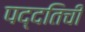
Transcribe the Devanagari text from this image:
पद्दतिची